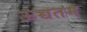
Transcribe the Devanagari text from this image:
ऊच्चतम